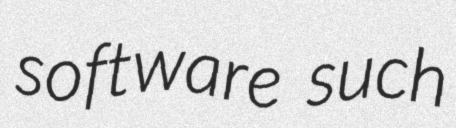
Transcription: software such